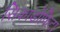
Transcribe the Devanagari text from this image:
सिकाडोफिटा